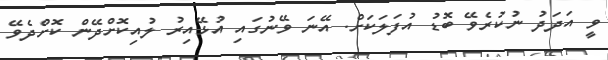
ވީ އަދަދު ނުކުރެވޭ ބޮޑު އުފަލަކަށް. އޭނަ ވޭނުގައި އުޅޭއިރު ލުއިކޮށްދޭން ކޮށްދެވޭ